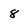
Character: 8